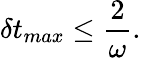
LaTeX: \delta t_{max}\leq\frac{2}{\omega}.